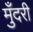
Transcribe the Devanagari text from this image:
मुँदरी